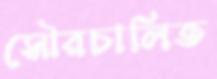
সৌরচালিত